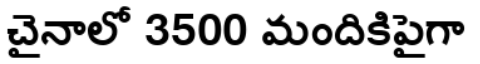
చైనాలో 3500 మందికిపైగా